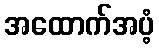
အထောက်အပံ့